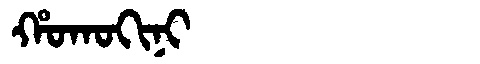
Manchu: ᡥᠣᡴᠣᡴᡳᠨᡳ
Romanization: HOKOKINI